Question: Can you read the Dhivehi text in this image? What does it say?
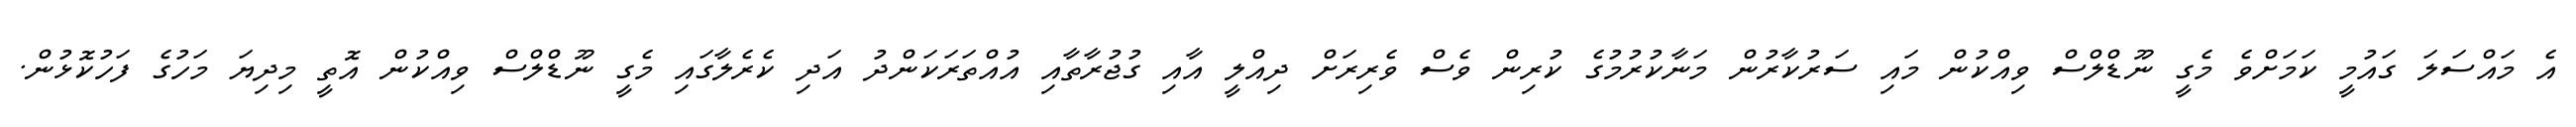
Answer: އެ މައްސަލަ ގައުމީ ކަމަށްވެ މެގީ ނޫޑްލްސް ވިއްކުން މައި ސަރުކާރުން މަނާކުރުމުގެ ކުރިން ވެސް ވެރިރަށް ދިއްލީ އާއި ގުޖުރާތާއި އުއްތަރަކަންދު އަދި ކެރެލާގައި މެގީ ނޫޑްލްސް ވިއްކުން އޮތީ މިދިޔަ މަހުގެ ފަހުކޮޅުން.